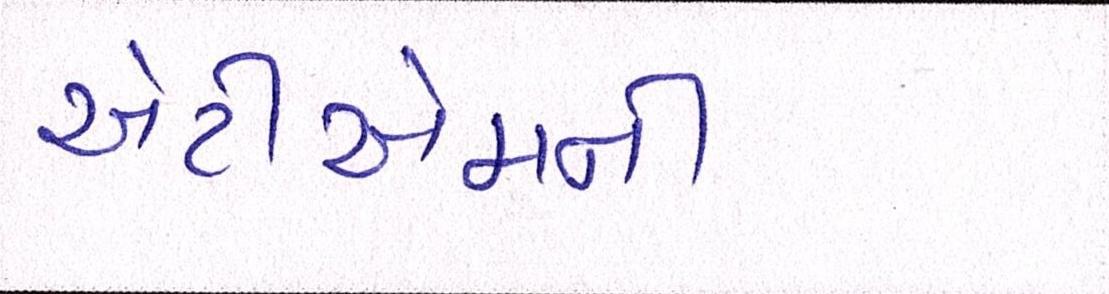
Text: એટીએમની